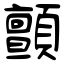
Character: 顫